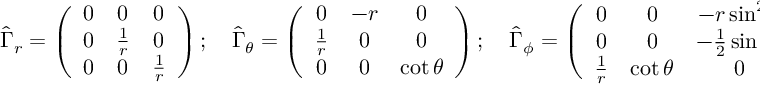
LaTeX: \hat { \Gamma } _ { r } = \left( \begin{array} { c c c } { { 0 } } & { { 0 } } & { { 0 } } \\ { { 0 } } & { { \frac 1 r } } & { { 0 } } \\ { { 0 } } & { { 0 } } & { { \frac 1 r } } \end{array} \right) ; \quad \hat { \Gamma } _ { \theta } = \left( \begin{array} { c c c } { { 0 } } & { { - r } } & { { 0 } } \\ { { \frac 1 r } } & { { 0 } } & { { 0 } } \\ { { 0 } } & { { 0 } } & { { \cot \theta } } \end{array} \right) ; \quad \hat { \Gamma } _ { \phi } = \left( \begin{array} { c c c } { { 0 } } & { { 0 } } & { { - r \sin ^ { 2 } \theta } } \\ { { 0 } } & { { 0 } } & { { - \frac 1 2 \sin 2 \theta } } \\ { { \frac 1 r } } & { { \cot \theta } } & { { 0 } } \end{array} \right) .